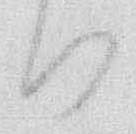
る